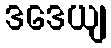
ဒဒေယျ